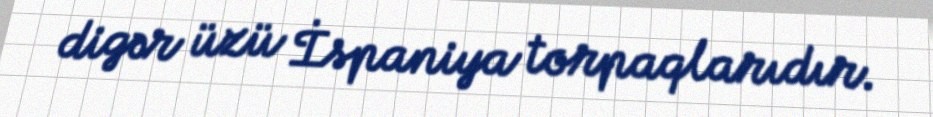
digər üzü İspaniya torpaqlarıdır.